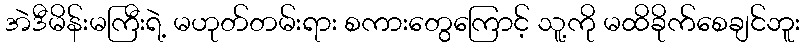
အဲဒီမိန်းမကြီးရဲ့ မဟုတ်တမ်းရား စကားတွေကြောင့် သူ့ကို မထိခိုက်စေချင်ဘူး